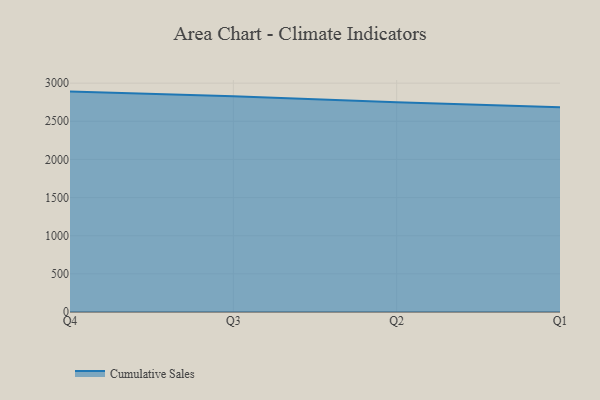
{"axis": {"x": "Quarter", "y": "Production Output"}, "legend": ["Cumulative Sales"], "data": [{"x": "Q4", "y": 2889.2, "type": "Cumulative Sales"}, {"x": "Q3", "y": 2829.3, "type": "Cumulative Sales"}, {"x": "Q2", "y": 2748.1, "type": "Cumulative Sales"}, {"x": "Q1", "y": 2685.6, "type": "Cumulative Sales"}]}